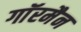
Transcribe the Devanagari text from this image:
गाॅरमैन